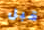
قبل